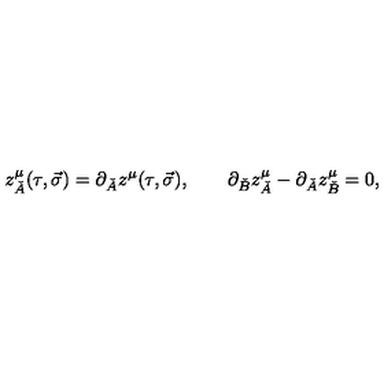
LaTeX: z _ { \check { A } } ^ { \mu } ( \tau , \vec { \sigma } ) = \partial _ { \check { A } } z ^ { \mu } ( \tau , \vec { \sigma } ) , \quad \quad \partial _ { \check { B } } z _ { \check { A } } ^ { \mu } - \partial _ { \check { A } } z _ { \check { B } } ^ { \mu } = 0 ,